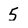
Character: 5